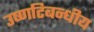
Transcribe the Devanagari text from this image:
उष्णटिबन्धीय